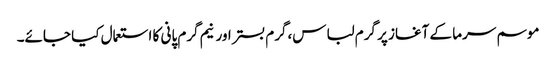
موسم سرما کے آغاز پر گرم لباس،گرم بستر اور نیم گرم پانی کا استعمال کیا جائے۔